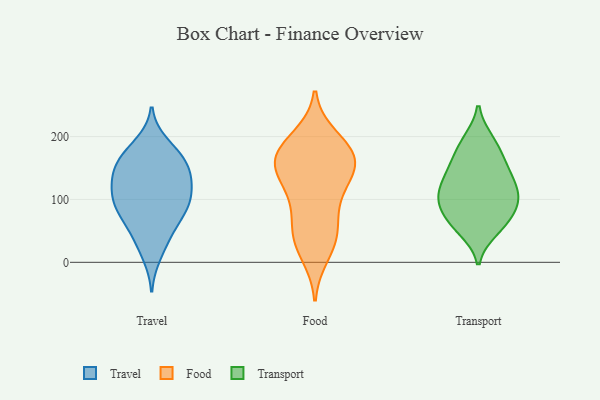
{"axis": {"x": "Inventory Turnover", "y": "Value"}, "legend": ["Food", "Transport", "Travel"], "data": [{"x": "", "y": 189, "type": "Travel"}, {"x": "", "y": 104, "type": "Travel"}, {"x": "", "y": 168, "type": "Travel"}, {"x": "", "y": 11, "type": "Travel"}, {"x": "", "y": 96, "type": "Travel"}, {"x": "", "y": 146, "type": "Travel"}, {"x": "", "y": 77, "type": "Travel"}, {"x": "", "y": 149, "type": "Travel"}, {"x": "", "y": 35, "type": "Travel"}, {"x": "", "y": 84, "type": "Travel"}, {"x": "", "y": 65, "type": "Travel"}, {"x": "", "y": 104, "type": "Travel"}, {"x": "", "y": 116, "type": "Travel"}, {"x": "", "y": 46, "type": "Travel"}, {"x": "", "y": 135, "type": "Travel"}, {"x": "", "y": 177, "type": "Travel"}, {"x": "", "y": 128, "type": "Travel"}, {"x": "", "y": 144, "type": "Travel"}, {"x": "", "y": 89, "type": "Travel"}, {"x": "", "y": 166, "type": "Travel"}, {"x": "", "y": 192, "type": "Food"}, {"x": "", "y": 139, "type": "Food"}, {"x": "", "y": 48, "type": "Food"}, {"x": "", "y": 12, "type": "Food"}, {"x": "", "y": 199, "type": "Food"}, {"x": "", "y": 101, "type": "Food"}, {"x": "", "y": 66, "type": "Food"}, {"x": "", "y": 42, "type": "Food"}, {"x": "", "y": 173, "type": "Food"}, {"x": "", "y": 103, "type": "Food"}, {"x": "", "y": 30, "type": "Food"}, {"x": "", "y": 163, "type": "Food"}, {"x": "", "y": 132, "type": "Food"}, {"x": "", "y": 152, "type": "Food"}, {"x": "", "y": 157, "type": "Food"}, {"x": "", "y": 163, "type": "Food"}, {"x": "", "y": 174, "type": "Food"}, {"x": "", "y": 167, "type": "Transport"}, {"x": "", "y": 114, "type": "Transport"}, {"x": "", "y": 145, "type": "Transport"}, {"x": "", "y": 61, "type": "Transport"}, {"x": "", "y": 132, "type": "Transport"}, {"x": "", "y": 57, "type": "Transport"}, {"x": "", "y": 85, "type": "Transport"}, {"x": "", "y": 95, "type": "Transport"}, {"x": "", "y": 137, "type": "Transport"}, {"x": "", "y": 111, "type": "Transport"}, {"x": "", "y": 101, "type": "Transport"}, {"x": "", "y": 194, "type": "Transport"}, {"x": "", "y": 75, "type": "Transport"}, {"x": "", "y": 51, "type": "Transport"}, {"x": "", "y": 163, "type": "Transport"}, {"x": "", "y": 104, "type": "Transport"}, {"x": "", "y": 193, "type": "Transport"}]}